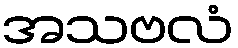
အသဗလံ